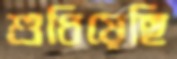
শুধিয়েছি